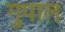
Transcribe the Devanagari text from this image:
गुपाल